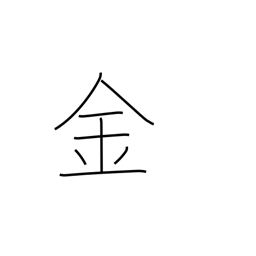
Meaning: gold